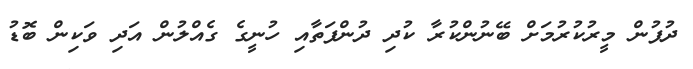
ދުފުން މީރުކުރުމަށް ބޭނުންކުރާ ކުދި ދުންފަތާއި ހުނީގެ ގެއްލުން އަދި ވަކިން ބޮޑު